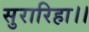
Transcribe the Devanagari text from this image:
सुरारिहा।।